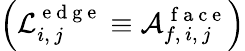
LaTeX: \left(\mathcal{L}_{i,\, j}^{\mathrm{~e~d~g~e~}}\equiv\mathcal{A}_{f,\, i,\, j}^{\mathrm{~f~a~c~e~}}\right)